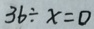
3 6 \div x = 0